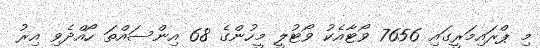
މި ޕްރައިމަރީގައި 7656 ވޯޓާއެކު ވޯޓުލީ މީހުންގެ 68 އިންސައްތަ ހޯއްދެވި އިރު